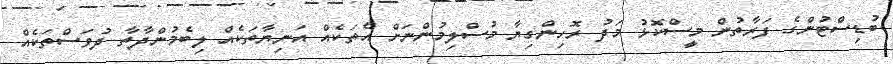
ބުޑިސްޓުންގެ ފަރާތުން މީސްކޮޅު މަދު ރޮހިންގިޔާ މުސްލިމުންނަށް އެތަކެއް އަނިޔާތަކެއް ލިބެމުންދާތާ ދުވަސްތަކެއް